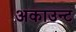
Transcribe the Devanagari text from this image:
अकाउन्ट